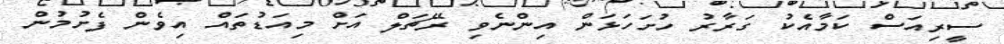
ސީރިއަސް ކަމާއެކު ގަރާރު ހުށަހަޅަން އިންނެވި ރޭޗަލް އަށް މިއަޑުތައް އިވެން ފެށުމުން